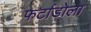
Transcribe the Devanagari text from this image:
फर्टाडोला